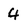
Character: 4